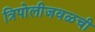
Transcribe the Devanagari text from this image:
त्रिपोलीजवळची